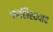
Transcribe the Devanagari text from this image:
फासिस्टवाद